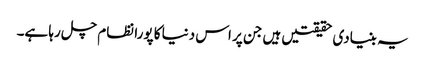
یہ بنیادی حقیقتیں ہیں جن پر اس دنیا کا پورا نظام چل رہا ہے۔